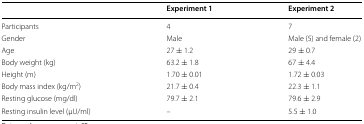
<table><thead><tr><td></td><td><b>Experiment 1</b></td><td><b>Experiment 2</b></td></tr></thead><tbody><tr><td>Participants</td><td>4</td><td>7</td></tr><tr><td>Gender</td><td>Male</td><td>Male (5) and female (2)</td></tr><tr><td>Age</td><td>27 ± 1.2</td><td>29 ± 0.7</td></tr><tr><td>Body weight (kg)</td><td>63.2 ± 1.8</td><td>67 ± 4.4</td></tr><tr><td>Height (m)</td><td>1.70 ± 0.01</td><td>1.72 ± 0.03</td></tr><tr><td>Body mass index (kg/m<sup>2</sup>)</td><td>21.7 ± 0.4</td><td>22.3 ± 1.1</td></tr><tr><td>Resting glucose (mg/dl)</td><td>79.7 ± 2.1</td><td>79.6 ± 2.9</td></tr><tr><td>Resting insulin level (μU/ml)</td><td>–</td><td>5.5 ± 1.0</td></tr></tbody></table>